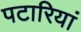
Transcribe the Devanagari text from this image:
पटारियां